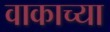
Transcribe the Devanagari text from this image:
वाकाच्या